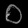
Digit: ၀